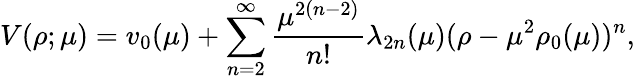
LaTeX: V(\rho;\mu)=v_{0}(\mu)+\sum_{n=2}^{\infty}\frac{\mu^{2(n-2)}}{n!}\lambda_{2n}(\mu)(\rho-\mu^{2}\rho_{0}(\mu))^{n},